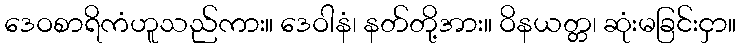
ဒေဝစာရိကံဟူသည်ကား။ ဒေဝါနံ၊ နတ်တို့အား။ ဝိနယတ္တ၊ ဆုံးမခြင်းငှာ။